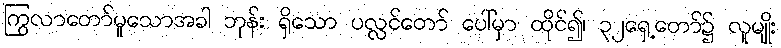
ကြွလာတော်မူသောအခါ ဘုန်း ရှိသော ပလ္လင်တော် ပေါ်မှာ ထိုင်၍၊ ၃၂ရှေ့တော်၌ လူမျိုး